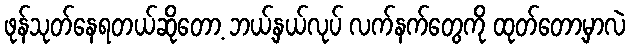
ဖုန်သုတ်နေရတယ်ဆိုတော့ ဘယ့်နှယ်လုပ် လက်နက်တွေကို ထုတ်တော့မှာလဲ